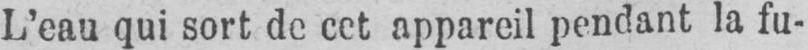
L’eau qui sort de cet appareil pendant la fu-